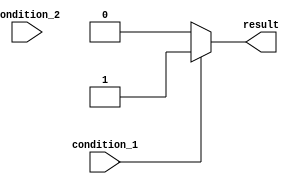
module if_else_ladder (
    input wire condition_1,
    input wire condition_2,
    output reg result
);

always @(*) begin
    if (condition_1) begin
        // Block of code if condition_1 is true
        result = 1;
    end
    else if (condition_2) begin
        // Block of code if condition_2 is true
        result = 2;
    end
    else begin
        // Block of code if none of the conditions are met
        result = 0;
    end
end

endmodule